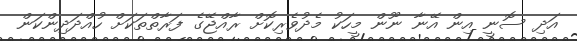
އަދި ސޮނީ އިން އޭނާ ނޫން މީހަކު މެދުވެރިކޮށް ރާއްޖޭގެ ފަރާތްތަކަށް ހުއްދަދިންކަން